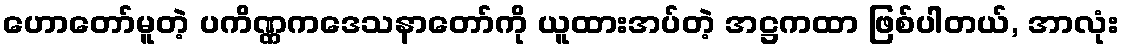
ဟောတော်မူတဲ့ ပကိဏ္ဏကဒေသနာတော်ကို ယူထားအပ်တဲ့ အဋ္ဌကထာ ဖြစ်ပါတယ်, အာလုံး